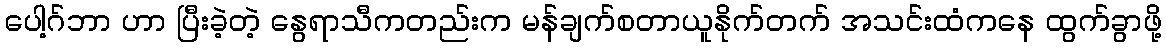
ပေါ့ဂ်ဘာ ဟာ ပြီးခဲ့တဲ့ နွေရာသီကတည်းက မန်ချက်စတာယူနိုက်တက် အသင်းထံကနေ ထွက်ခွာဖို့